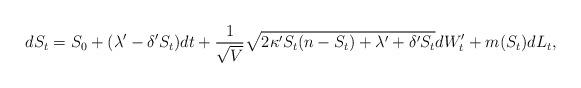
LaTeX: \begin{align*} d S_t = S_0 + (\lambda' -\delta' S_t)dt + \frac{1}{\sqrt{V}}\sqrt{2\kappa' S_t(n - S_t) +\lambda' + \delta' S_t} dW'_t +m(S_t)dL_t, \end{align*}